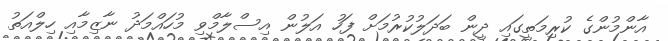
އާންމުންގެ ކުރިމަތީގައި ދީން ބަދަލުކުރުމަށް ފަހު އަލުން އިސްލާމްވި މުހައްމަދު ނާޒިމާއި ހިލްއަތު